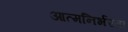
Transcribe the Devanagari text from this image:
आत्‍मनिर्भरता